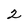
Character: 2